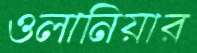
ওলানিয়ার